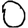
Digit: 0